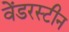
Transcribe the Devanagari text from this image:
वेंडरस्टीन